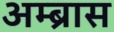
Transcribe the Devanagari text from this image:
अम्ब्रास